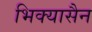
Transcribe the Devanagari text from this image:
भिक्यासैन